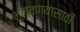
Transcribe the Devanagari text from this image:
भुलवण्यासाठी